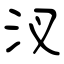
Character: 汊